Indian journal of veterinary science and animal husbandry - Volumes 18-21, 1948-1951
Year: 1948
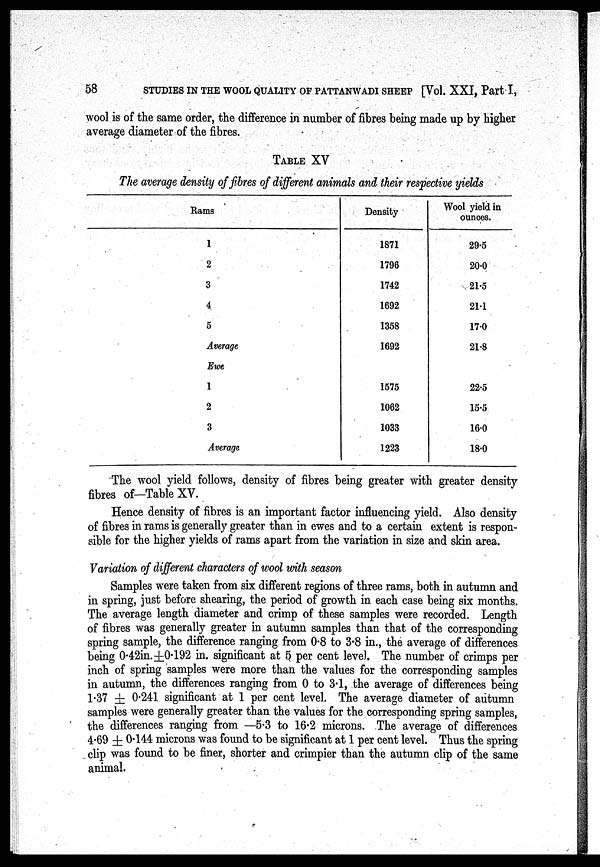
58
STUDIES IN THE WOOL QUALITY OF PATTANWADI SHEEP [Vol. XXI, Part I,
wool is of the same order, the difference in number of fibres being made up by higher
average diameter of the fibres.
TABLE XV
The average density of fibres of different animals and their respective yields
Rams
1
2
3
4
5
Average
Ewe
1
2
3
Average
Density
1871
1796
1742
1692
1358
1692
1575
1062
1033
1223
Wool yield in
ounces.
29.5
20.0
21.5
21.1
17.0
21.8
22.5
15.5
16.0
18.0
The wool yield follows, density of fibres being greater with greater density
fibres of—Table XV.
Hence density of fibres is an important factor influencing yield. Also density
of fibres in rams is generally greater than in ewes and to a certain extent is respon-
sible for the higher yields of rams apart from the variation in size and skin area.
Variation of different characters of wool with season
Samples were taken from six different regions of three rams, both in autumn and
in spring, just before shearing, the period of growth in each case being six months.
The average length diameter and crimp of these samples were recorded. Length
of fibres was generally greater in autumn samples than that of the corresponding
spring sample, the difference ranging from 0.8 to 3.8 in., the average of differences
being 0.42in.±0.192 in. significant at 5 per cent level. The number of crimps per
inch of spring samples were more than the values for the corresponding samples
in autumn, the differences ranging from 0 to 3.1, the average of differences being
1.37 ± 0.241 significant at 1 per cent level. The average diameter of autumn
samples were generally greater than the values for the corresponding spring samples,
the differences ranging from —5.3 to 16.2 microns. The average of differences
4.69 ± 0.144 microns was found to be significant at 1 per cent level. Thus the spring
clip was found to be finer, shorter and crimpier than the autumn clip of the same
animal.